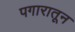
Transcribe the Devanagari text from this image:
पगारातून